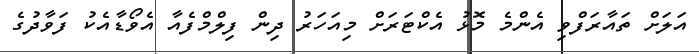
އަލަށް ތައާރަފްވި އެންމެ މޮޅު އެކްޓަރަށް މިއަހަރު ދިން ފިލްމްފެއާ އެވޯޑާއެކު ފަވާދުގެ